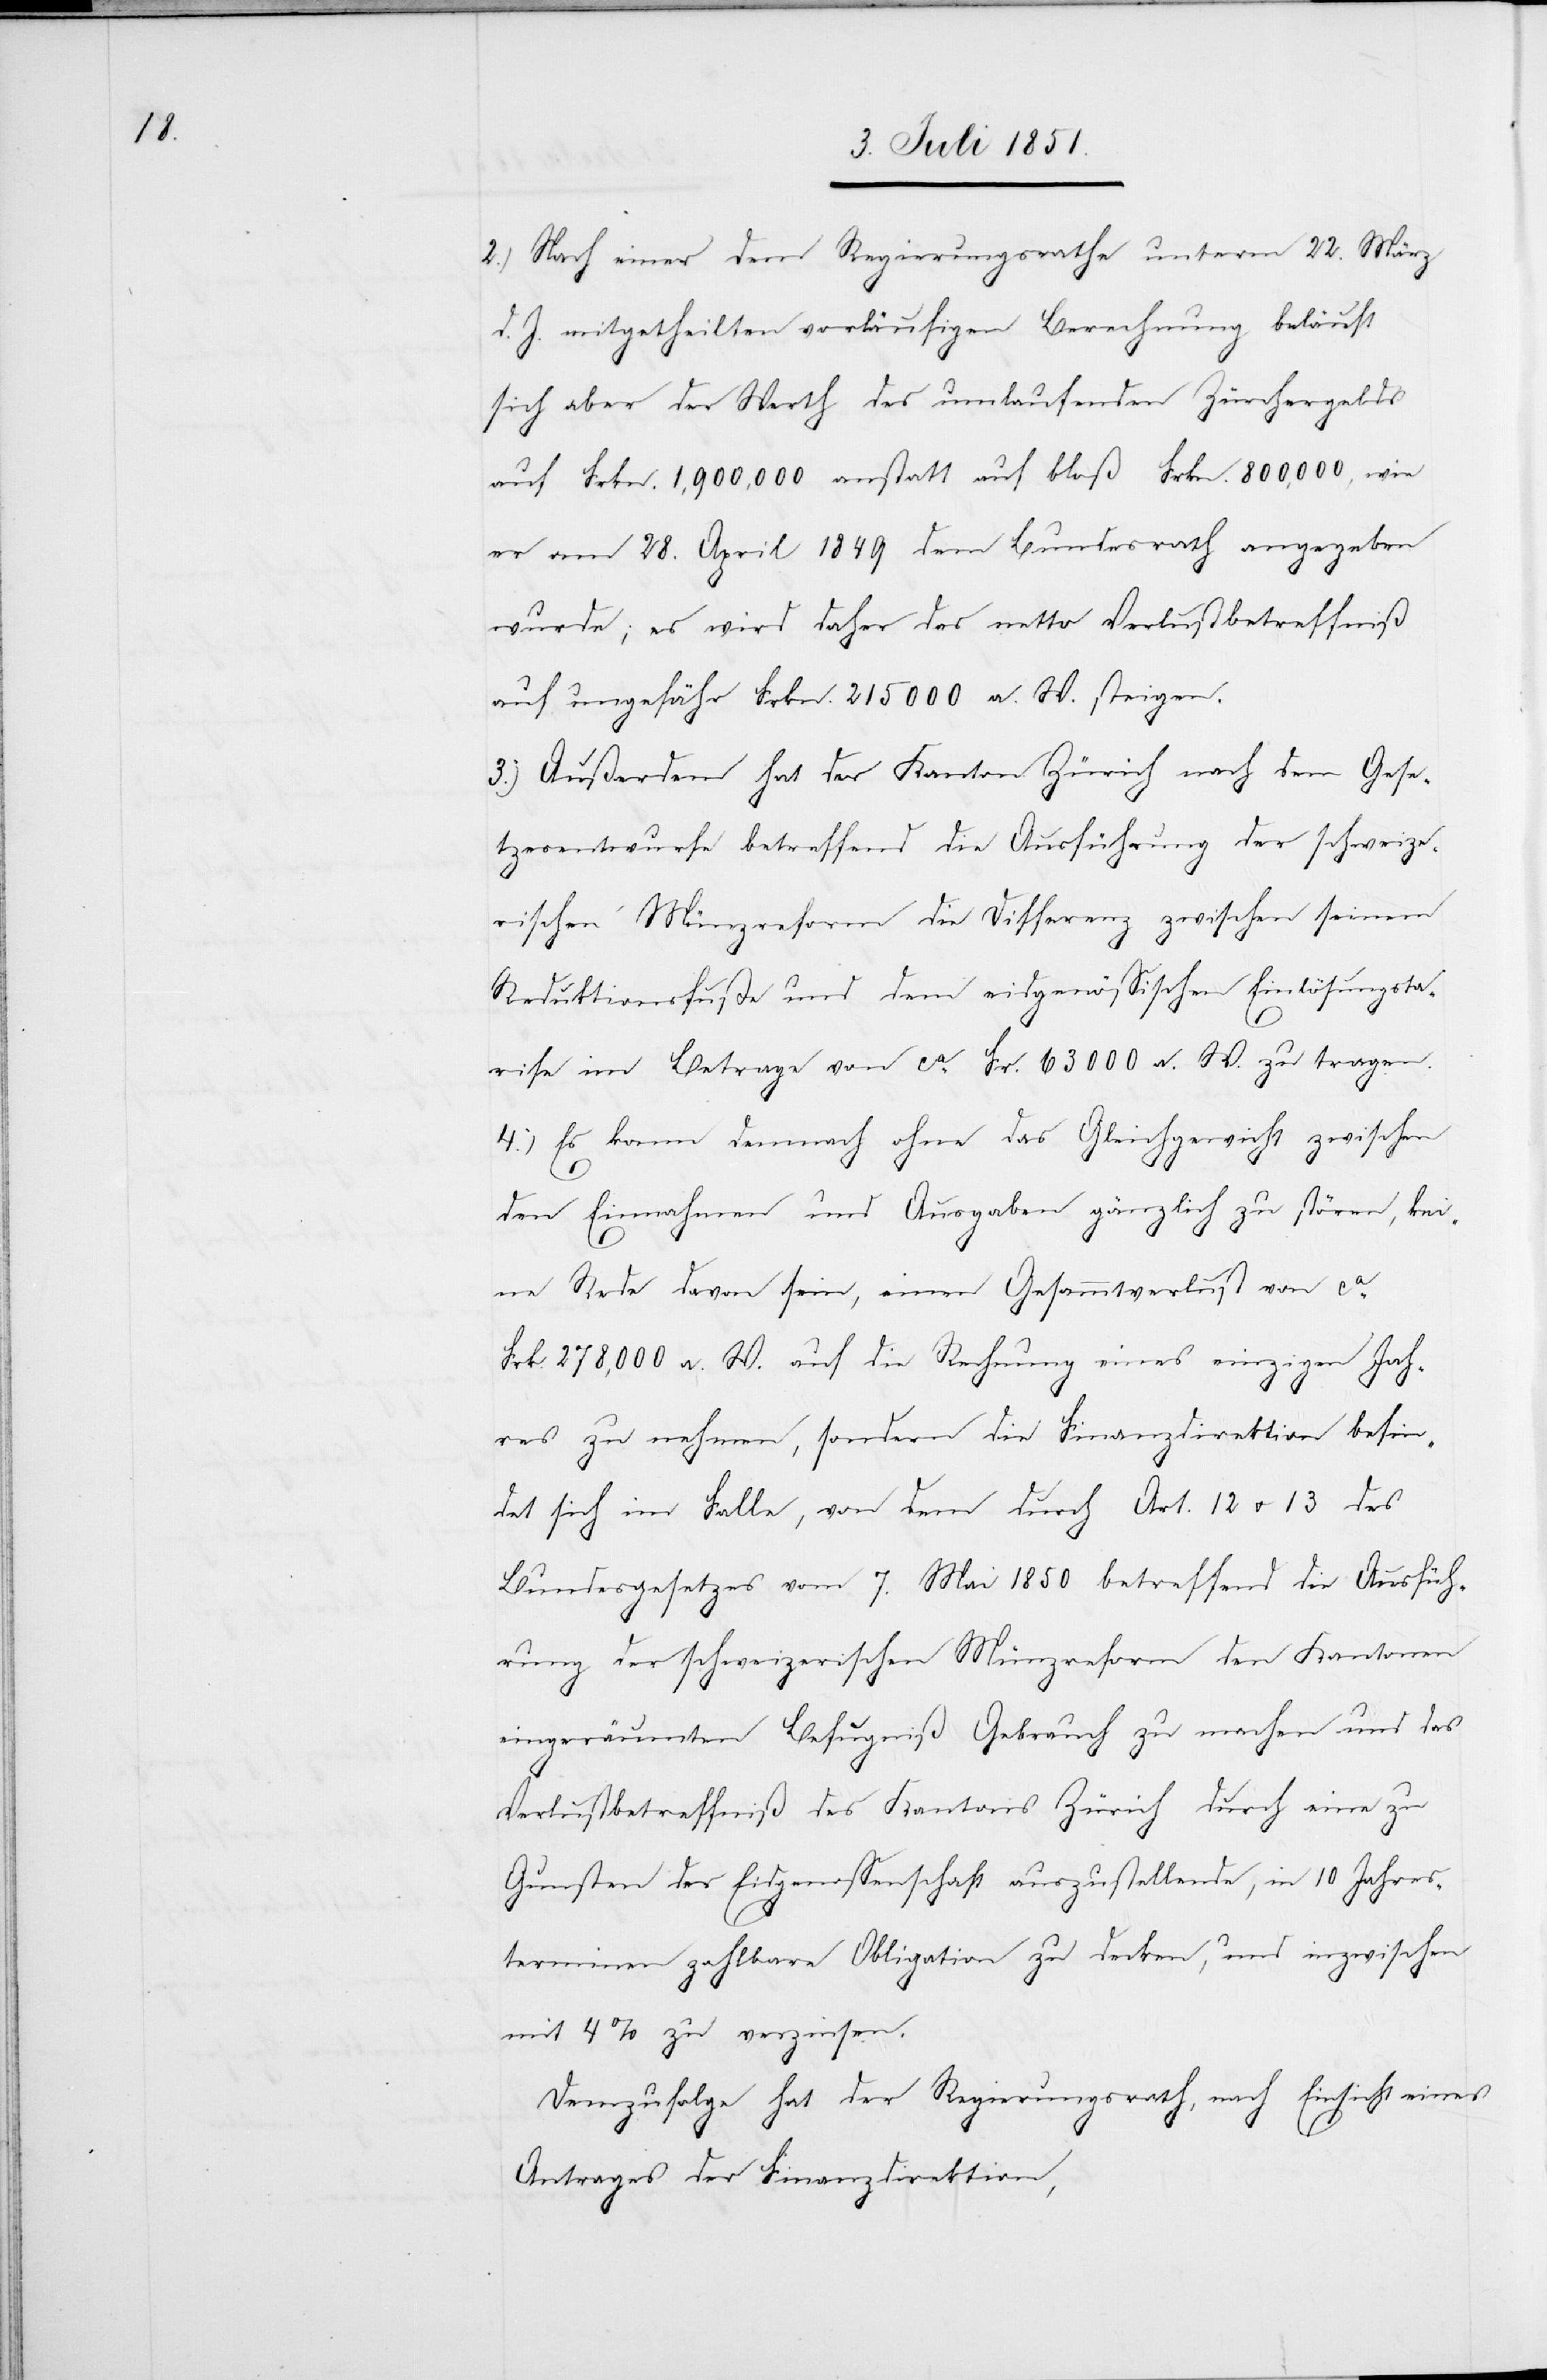
2.) Nach einer dem Regierungsrathe unterm 22. März
d. J. mitgetheilten vorläufigen Berechnung beläuft
sich aber der Werth des umlaufenden Zürchergelds
auf Frkn. 1,900,000 anstatt auf bloß Frkn. 800,000, wie
er am 28. April 1849 dem Bundesrath angegeben
wurde; es wird daher das netto Verlustbetreffniß
auf ungefähr Frkn. 215 000 a. W. steigen.
3.) Außerdem hat der Kanton Zürich nach dem Gese¬
tzesentwurfe betreffend die Ausführung der schweize¬
rischen Münzreform die Differenz zwischen seinem
Reduktionsfuße und dem eidgenössischen Einlösungsta¬
rife im Betrage von ca. Fr. 63 000 a. W. zu tragen.
4.) Es kann demnach ohne das Gleichgewicht zwischen
den Einnahmen und Ausgaben gänzlich zu stören, kei¬
ne Rede davon sein, einen Gesammtverlust von ca.
Frk. 278,000 a. W. auf die Rechnung eines einzigen Jah¬
res zu nehmen, sondern die Finanzdirektion befin¬
det sich im Falle, von dem durch Art. 12 & 13 des
Bundesgesetzes vom 7. Mai 1850 betreffend die Ausfüh¬
rung der schweizerischen Münzreform den Kantonen
eingeräumten Befugniß Gebrauch zu machen und das
Verlustbetreffniß des Kantons Zürich durch eine zu
Gunsten der Eidgenossenschaft auszustellende, in 10 Jahres¬
terminen zahlbare Obligation zu decken, und inzwischen
mit 4% zu verzinsen.
Demzufolge hat der Regierungsrath, nach Einsicht eines
Antrages der Finanzdirektion,